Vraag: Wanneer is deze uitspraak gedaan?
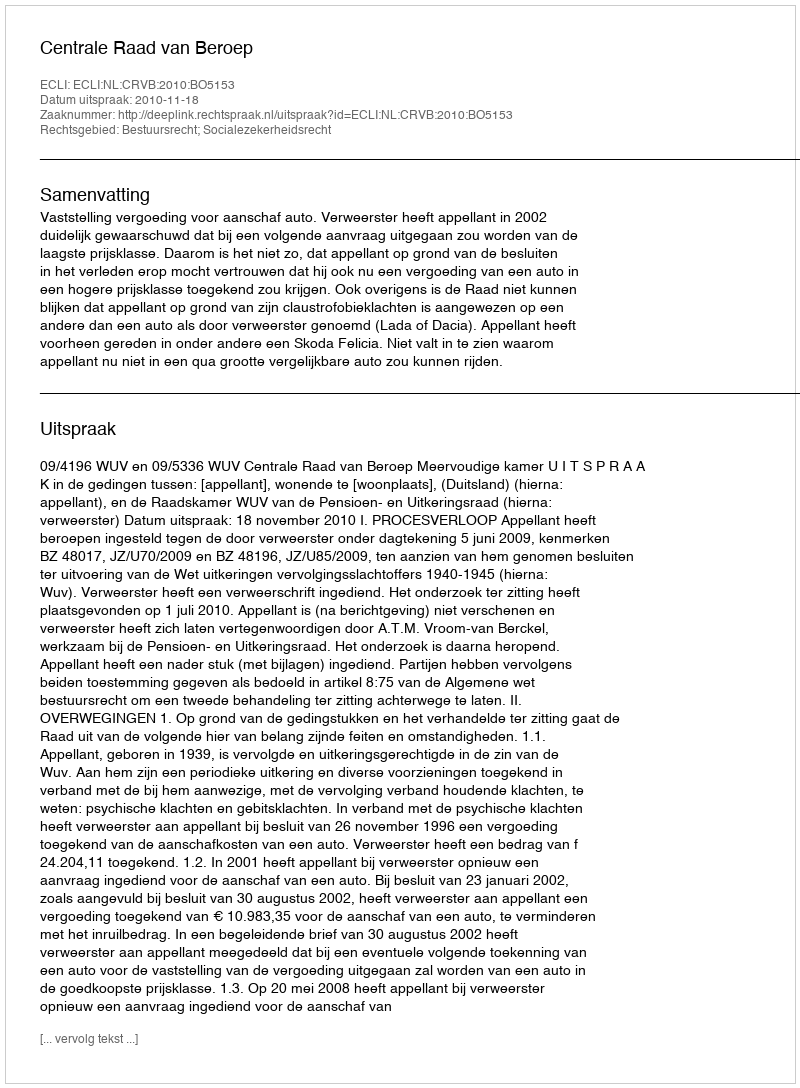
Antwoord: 2010-11-18